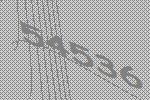
54536